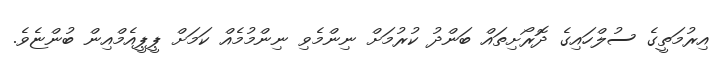
އިރުމަތީގެ ސުލްހައިގެ ދޮރޯށިތައް ބަންދު ކުރުމަށް ނިންމެވި ނިންމުމެއް ކަމަށް ޕީޕީއެމްއިން ބުންޏެވެ.